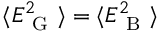
\langle E _ { \mathrm { ~ G ~ } } ^ { 2 } \rangle = \langle E _ { \mathrm { ~ B ~ } } ^ { 2 } \rangle